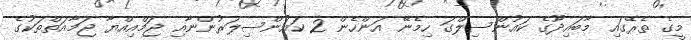
މީގެ ތެރޭގައި މާބައިދޫގެ ކައުންސިލްގަ ހިމެނޭ އަންހެން 2 ކައުންސިލަރުންނާއި ޖަމްއިއްޔާ ޖަމާއަތްތަކުގެ